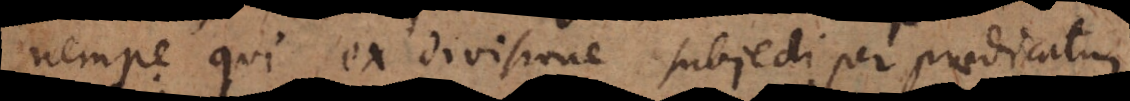
qui ex divisione subjecti per praedicatum